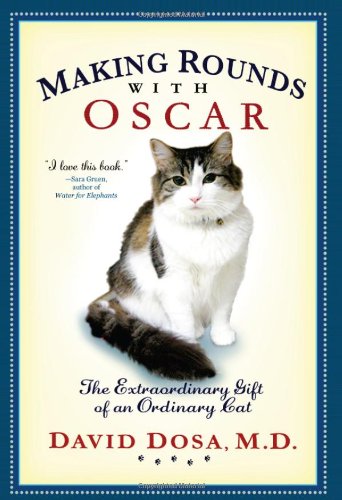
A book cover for Making Rounds with Oscar: The Extraordinary Gift of an Ordinary Cat; David Dosa; Self-Help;